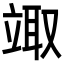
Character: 𥪏